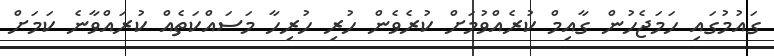
ގައުމުގައި ހަމަޖެހުން ގާއިމް ކުރެއްވުމަށް ކުރެވެން ހުރި ހުރިހާ މަސައްކަތެއް ކުރައްވާނެ ކަމަށް